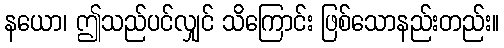
နယော၊ ဤသည်ပင်လျှင် သိကြောင်း ဖြစ်သောနည်းတည်း။